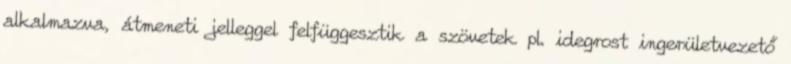
alkalmazva, átmeneti jelleggel felfüggesztik a szövetek pl. idegrost ingerületvezető